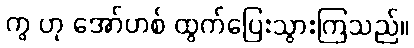
ကွ ဟု အော်ဟစ် ထွက်ပြေးသွားကြသည်။